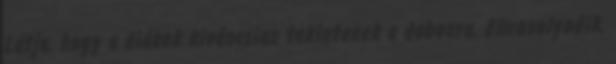
Látja, hogy a diákok kiváncsian tekintenek a dobozra. Elmosolyodik.